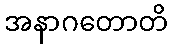
အနာဂတောတိ